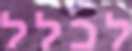
לכלל